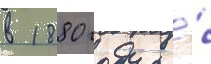
в 1880 году со́